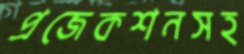
প্রজেকশনসহ